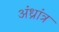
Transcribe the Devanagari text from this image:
अंध्रांत्र